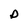
Character: D